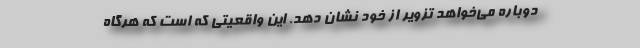
دوباره می‌خواهد تزویر از خود نشان دهد. این واقعیتی که است که هرگاه